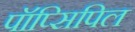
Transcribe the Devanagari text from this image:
पॉप्सिपिल